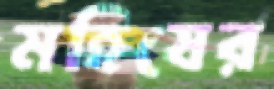
মহিষের